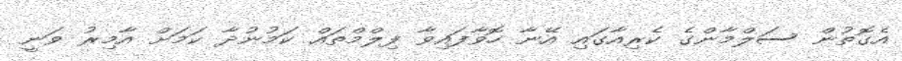
އެގޮތުން ސަލްމާންގެ ކެރިއާގައި އޭނާ ހޮވާފައިވާ ފިލްމްތައް ކަމުނުދާ ކަމަށް އާމިރު ވަނީ